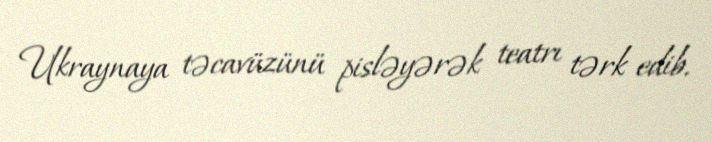
Ukraynaya təcavüzünü pisləyərək teatrı tərk edib.